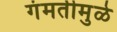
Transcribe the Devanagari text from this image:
गंमतीमुळे